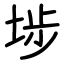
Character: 埗